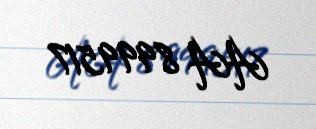
AA 8999517